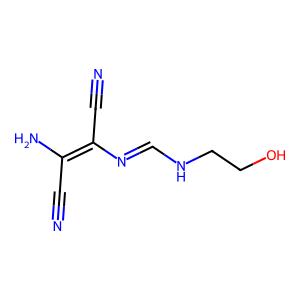
SMILES: N#CC(N)=C(C#N)N=CNCCO
Inhibits HIV replication: No